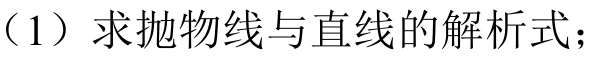
（1）求抛物线与直线的解析式；